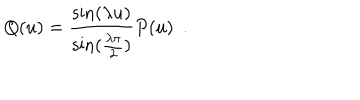
LaTeX: Q ( u ) = \frac { \sin ( \lambda u ) } { \sin ( \frac { \lambda \pi } { 2 } ) } P ( u ) \, \, \, .